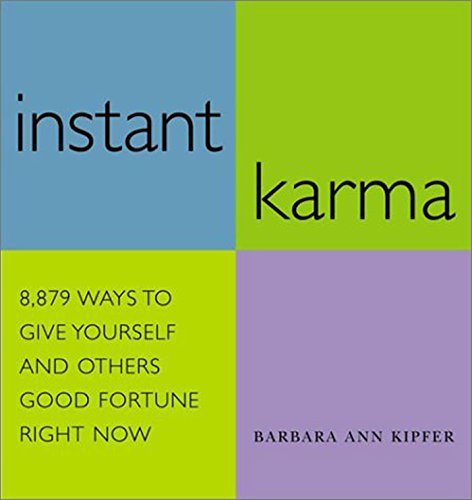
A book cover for Instant Karma; Barbara Ann Kipfer; Religion & Spirituality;